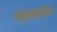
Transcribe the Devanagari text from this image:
अनुसमर्थित